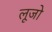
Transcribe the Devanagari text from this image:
लूजो